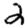
Digit: 2